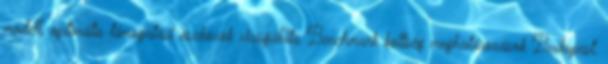
modell, optimális támogatási eszközök vizsgálata Benchmark költség meghatározások Budapest,